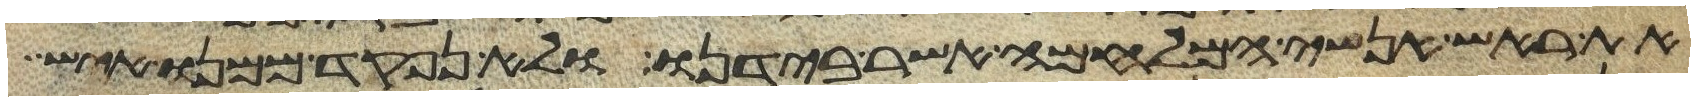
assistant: את ראש אנשי המלחמה אשר בידנו ולא נפקד ממנו איש